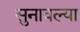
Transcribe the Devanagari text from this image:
सुनावल्या